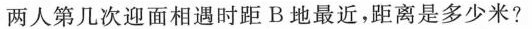
两人第几次迎面相遇时距B地最近，距离是多少米?